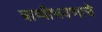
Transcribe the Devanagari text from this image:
बाष्पीभवणाचे